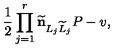
{ \frac { 1 } { 2 } } \prod _ { j = 1 } ^ { r } { \bf \widetilde n } _ { L _ { j } \widetilde L _ { j } } P - v ,